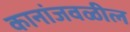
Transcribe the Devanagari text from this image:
कानांजवळील